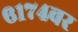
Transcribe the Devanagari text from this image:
६१७४वर